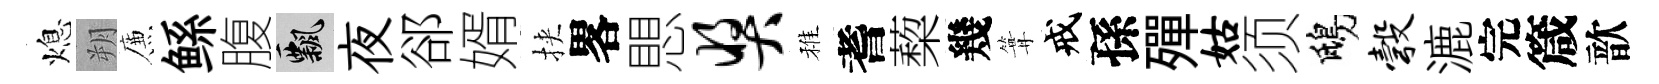
熄朔簾鲧腹飄夜郤婿挾畧愳奖稚耆蔾幾篝戒孫殫姑须鴟彀漉完箴歆